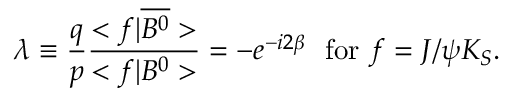
\lambda \equiv \frac { q } { p } \frac { < f | \overline { { { B ^ { 0 } } } } > } { < f | B ^ { 0 } > } = - e ^ { - i 2 \beta } \ \mathrm { ~ f o r ~ } f = J / \psi K _ { S } .